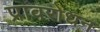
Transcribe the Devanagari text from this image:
प्रावरोधन